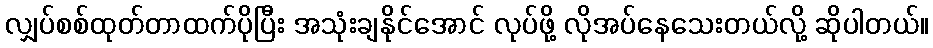
လျှပ်စစ်ထုတ်တာထက်ပိုပြီး အသုံးချနိုင်အောင် လုပ်ဖို့ လိုအပ်နေသေးတယ်လို့ ဆိုပါတယ်။